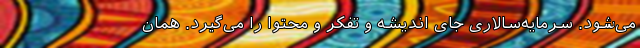
می‌شود. سرمایه‌سالاری جایِ اندیشه و تفکر و محتوا را می‌گیرد. همان